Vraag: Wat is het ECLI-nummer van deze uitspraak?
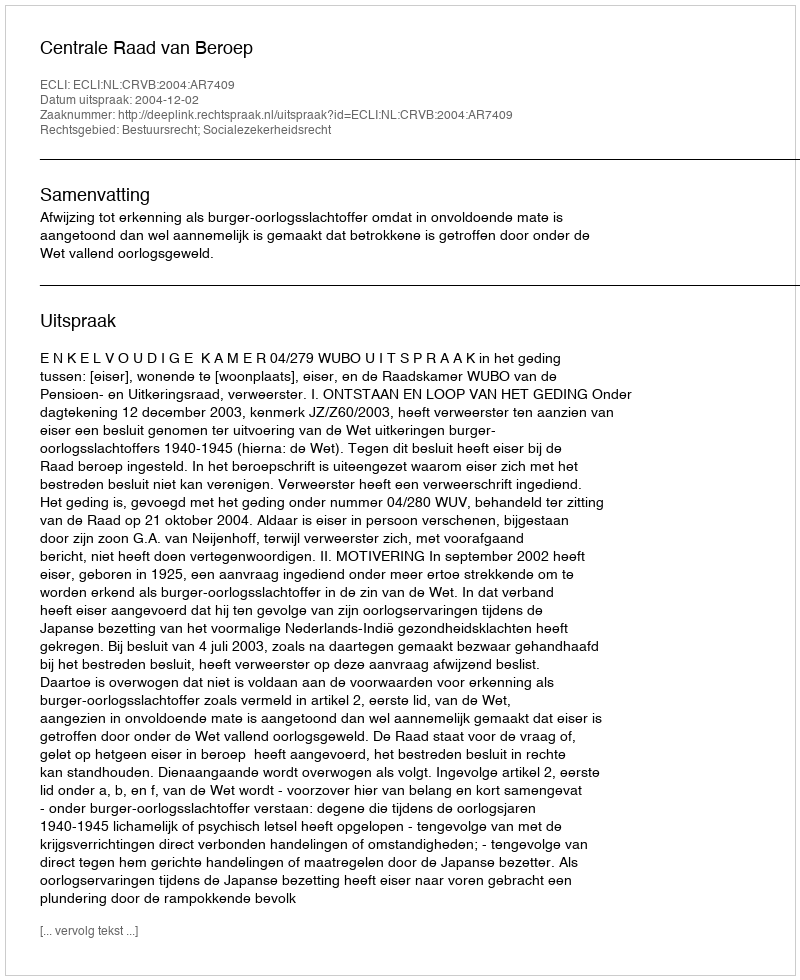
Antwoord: ECLI:NL:CRVB:2004:AR7409